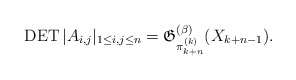
\begin{gather*}\operatorname{DET} |A_{i,j}|_{1 \le i,j \le n}=\mathfrak{G}_{\pi_{k+n}^{(k)}}^{(\beta)}(X_{k+n-1}).\end{gather*}